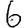
Digit: 6